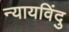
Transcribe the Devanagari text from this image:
न्यायविंदु